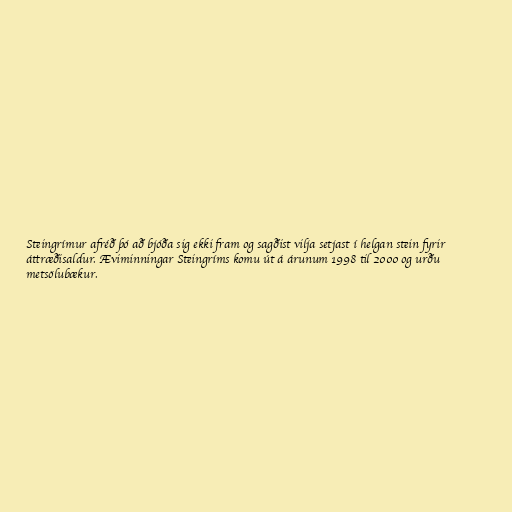
Steingrímur afréð þó að bjóða sig ekki fram og sagðist vilja setjast í helgan stein fyrir
áttræðisaldur. Æviminningar Steingríms komu út á árunum 1998 til 2000 og urðu
metsölubækur.